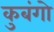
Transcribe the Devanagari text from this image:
कुबंगो